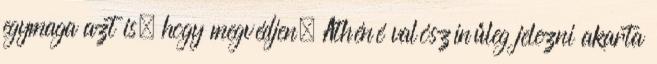
egymaga azt is, hogy megvédjen. Athéné valószínűleg jelezni akarta